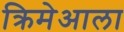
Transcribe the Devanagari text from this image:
क्रिमेआला